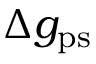
\Delta g _ { \mathrm { p s } }